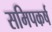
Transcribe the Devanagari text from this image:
समिपकर्ष